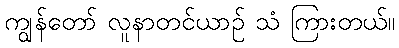
ကျွန်တော် လူနာတင်ယာဉ် သံ ကြားတယ်။